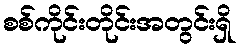
စစ်ကိုင်းတိုင်းအတွင်းရှိ